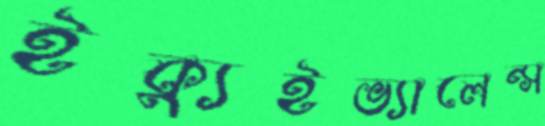
ইক্যুইভ্যালেন্স